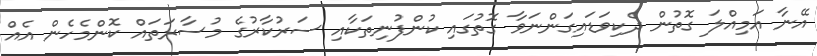
އޭނާ އަމިއްލަ ގޮތުން ދެކިވަޑައިގަންނަވާ ގޮތުގައި ކުންފުނިތަކާއި ސަރުކާރުގެ މުސާރަތައް ކޮންމެހެން އެއް